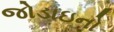
જોડાઇનો